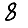
Digit: 8